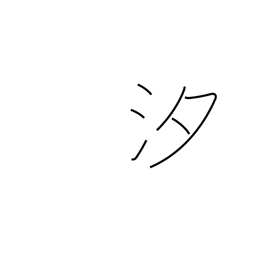
Meaning: salt water